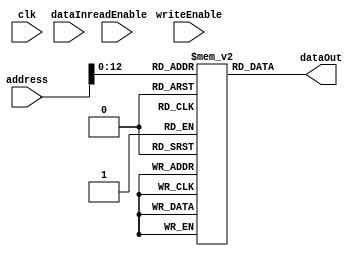
`timescale 1ns / 1ps

module InstructionMemoryModule(
    input wire clk,
    input wire [31:0] address,
    input wire readEnable,
    input wire writeEnable,
    input wire [31:0] dataIn,
    output reg [31:0] dataOut
    );
reg [31:0] memory[8191:0];

initial 
	begin
		//memory[0] <= 32'b11000000000000000000000000000010;	//jump
		//memory[0] <= 32'b01001100001000010000000000000001;	// branch
		//memory[1] <= 32'b01011000100000100000000000000001;	//sw value of R2 in memory address in R4 
		//memory[2] <= 32'b00000000001000100001100000000010;
		memory[0] <= 32'b00000000011000100000100000000000;
		memory[1] <= 32'b00000000110001010010000000000000;
		memory[2] <= 32'b00000000100000010000100000000001;
		memory[3] <= 32'b01000000001000010000000001000000;
		memory[4] <= 32'b01001100001000100000000000000011;
		memory[5] <= 32'b01000000101001010000000000010000;
		memory[6] <= 32'b00000000100001010010100000000001;
		memory[7] <= 32'b00000000100000010000100000000000;
		memory[8] <= 32'b00000001000000010001000000000001;
	end
	always @(address) 
		begin
			dataOut = memory[address]; 
			$display("dataout - %b address- %d",dataOut,address); 
		end
endmodule